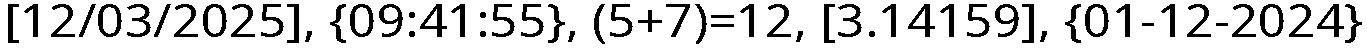
[12/03/2025], {09:41:55}, (5+7)=12, [3.14159], {01-12-2024}